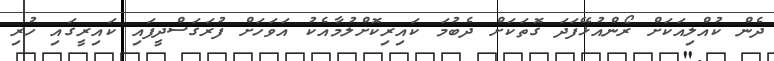
ދެން ކުއްލިއަކަށް ރޯންއުޅޭފަދަ ގޮތަކަށް ދެބުމަ ކައިރިކޮށްލުމާއެކު އަވަހަށް ފުރަގަސްދީފައި ކައިރީގައި ހުރި